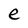
Character: e